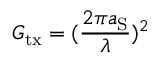
G _ { \mathrm { t x } } = ( \frac { 2 \pi a _ { \mathrm { S } } } { \lambda } ) ^ { 2 }